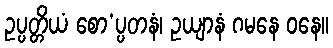
ဥပ္ပတ္တိယံ စော’ပ္ပတနံ၊ ဥယျာနံ ဂမနေ ဝနေ။